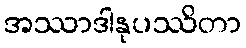
အဿာဒါနုပဿိတာ